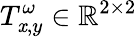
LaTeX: T_{\mathit{x},y}^{\omega}\in\mathbb{{R}}^{2\times2}